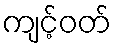
ကျင့်ဝတ်